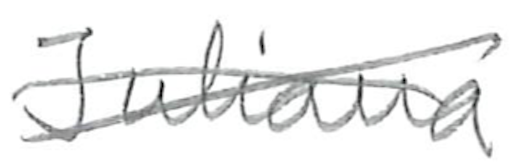
Text: Juliana
Cross-out: cross
Writing tool: pencil